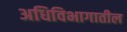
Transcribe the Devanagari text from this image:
अधिविभागातील